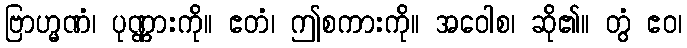
ဗြာဟ္မဏံ၊ ပုဏ္ဏားကို။ ဧတံ၊ ဤစကားကို။ အဝေါစ၊ ဆို၏။ တွံ ဧဝ၊